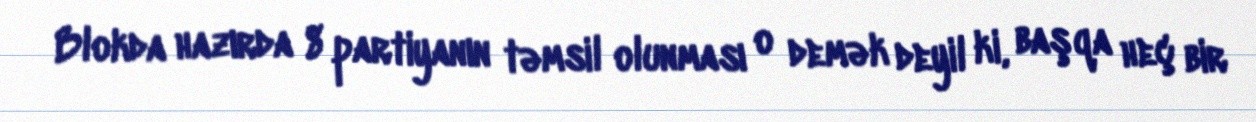
Blokda hazırda 8 partiyanın təmsil olunması o demək deyil ki, başqa heç bir